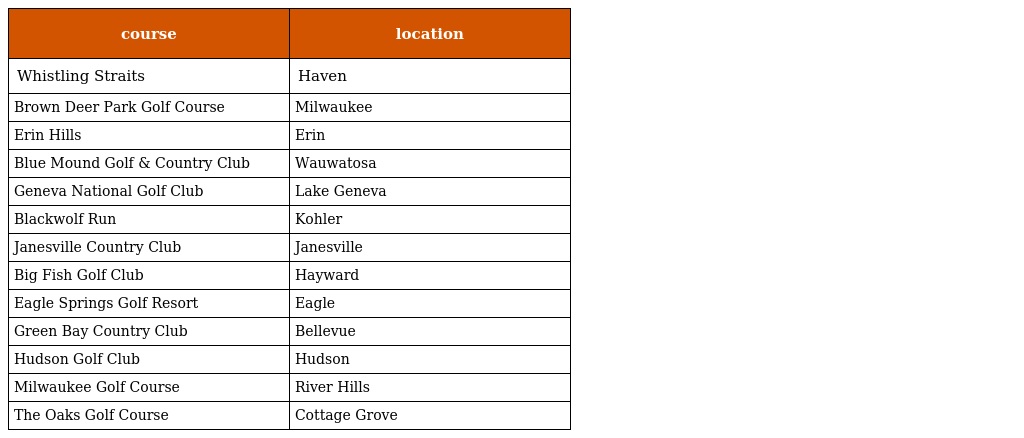
| course | location |
 | --- | --- |
 | Whistling Straits | Haven |
 | Brown Deer Park Golf Course | Milwaukee |
 | Erin Hills | Erin |
 | Blue Mound Golf & Country Club | Wauwatosa |
 | Geneva National Golf Club | Lake Geneva |
 | Blackwolf Run | Kohler |
 | Janesville Country Club | Janesville |
 | Big Fish Golf Club | Hayward |
 | Eagle Springs Golf Resort | Eagle |
 | Green Bay Country Club | Bellevue |
 | Hudson Golf Club | Hudson |
 | Milwaukee Golf Course | River Hills |
 | The Oaks Golf Course | Cottage Grove |